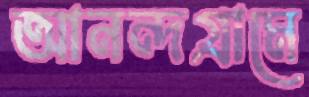
আনন্দগ্রামে